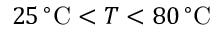
2 5 \, ^ { \circ } \mathrm { C } < T < 8 0 \, ^ { \circ } \mathrm { C }